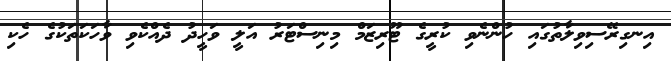
އިނގިރޭސިވިލާތުގައި ހުންނެވި ކުރީގެ ޓޫރިޒަމް މިނިސްޓަރު އަލީ ވަހީދު ދެއްކެވި ވާހަކަތަކުގެ ހެކި